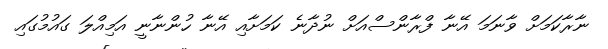
ނާރާކަމަށް ވާނަމަ އޭނާ ފްރާންސްއަށް ނުދާނެ ކަމަށާއި އޭނާ ހުންނާނީ އަމިއްލަ ގައުމުގައި